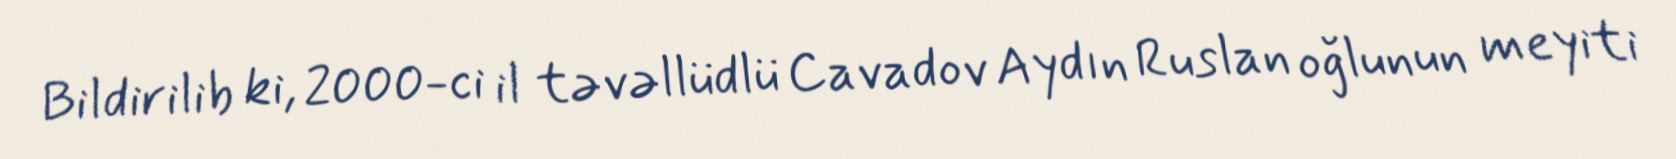
Bildirilib ki, 2000-ci il təvəllüdlü Cavadov Aydın Ruslan oğlunun meyiti